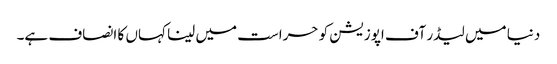
دنیا میں لیڈر آف اپوزیشن کو حراست میں لینا کہاں کا انصاف ہے۔